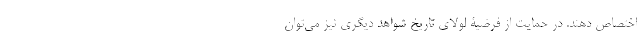
اختصاص دهند. در حمایت از فرضیۀ لولای تاریخ شواهد دیگری نیز می‌توان